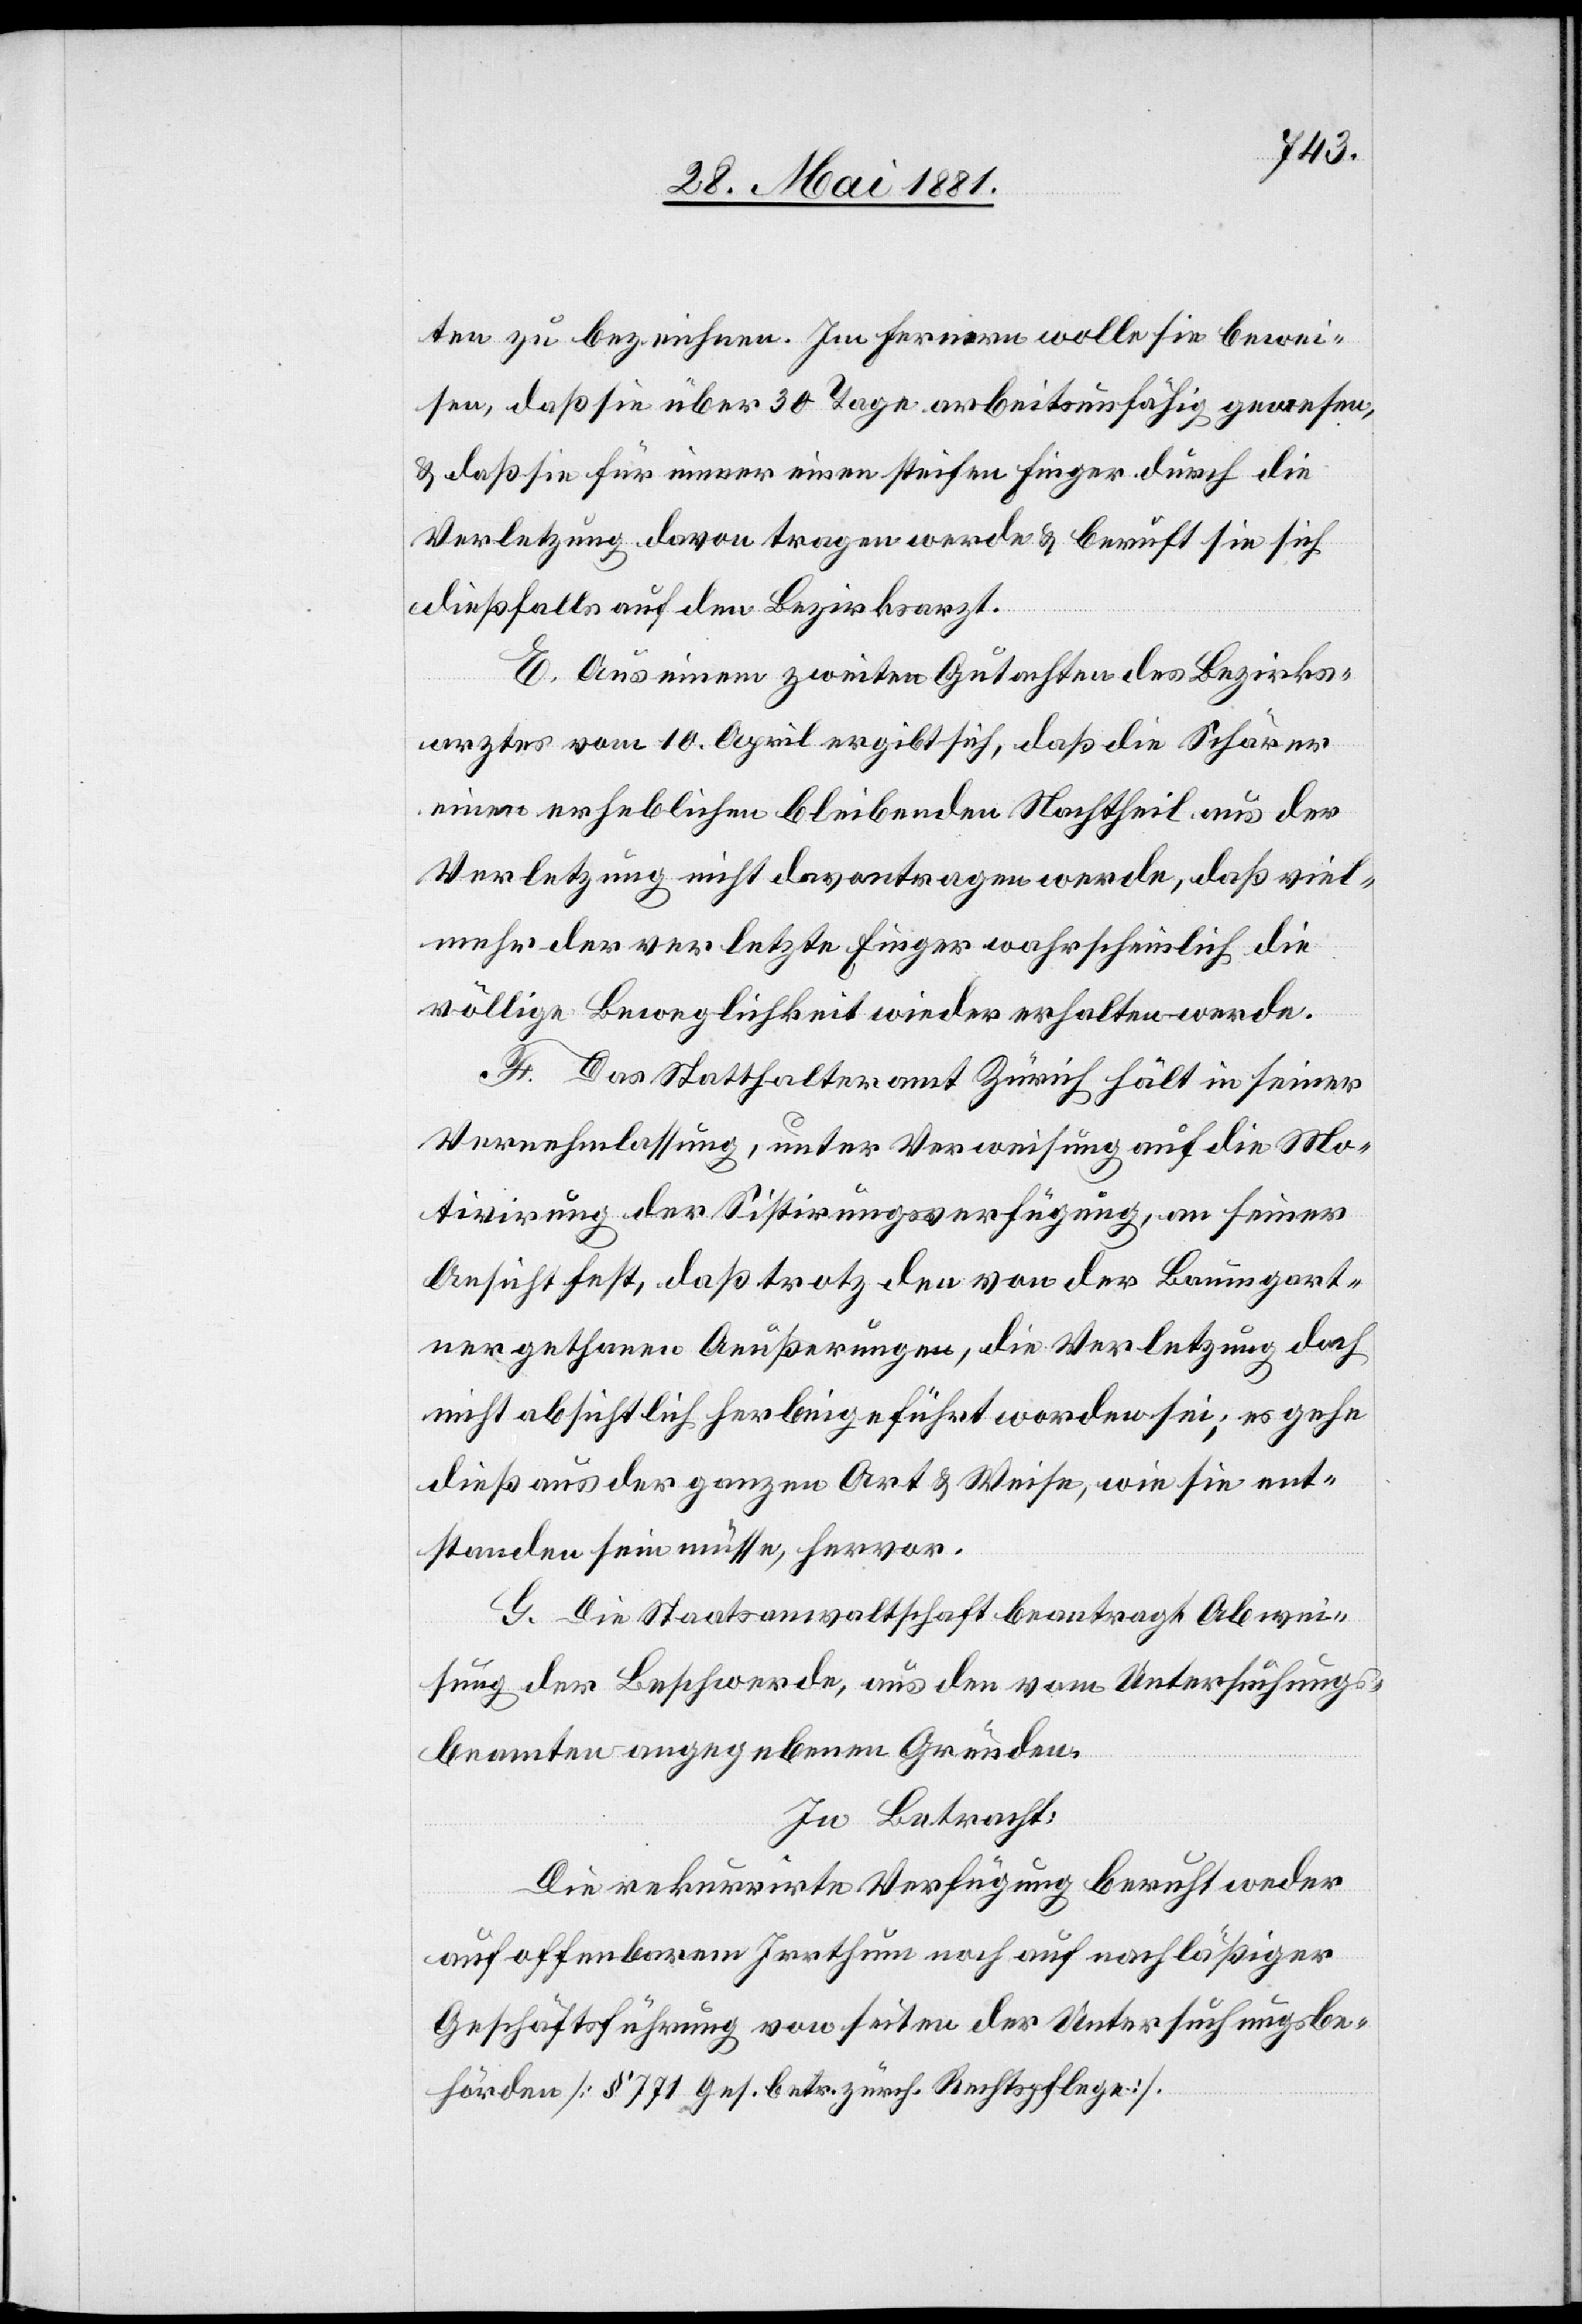
ten zu bezeichnen. Im Fernern wolle sie bewei¬
sen, daß sie über 30 Tage arbeitsunfähig gewesen,
& daß sie für immer einen steifen Finger durch die
Verletzung davon tragen werde & beruft sie sich
dießfalls auf den Bezirksarzt.
E. Aus einem zweiten Gutachten des Bezirks¬
arztes vom 10 April ergibt sich, daß die Schärer
einen erheblichen bleibenden Nachtheil aus der
Verletzung nicht davontragen werde, das viel¬
mehr der verletzte Finger wahrscheinlich die
völlige Beweglichkeit wieder erhalten werde.
F. Das Statthalteramt Zürich hält in seiner
Vernehmlassung, unter Verweisung auf die Mo¬
tivirung der Sistirungsverfügung, an seiner
Ansicht fest, daß trotz den von der Baumgart¬
ner gethanen Aeußerungen, die Verletzung doch
nicht absichtlich herbeigeführt worden sei; es gehe
dieß aus der ganzen Art & Weise, wie sie ent¬
standen sein müsse, hervor.
G. Die Staatsanwaltschaft beantragt Abwei¬
sung der Beschwerde, aus den vom Untersuchungs¬
beamten angegebenen Gründen.
In Betracht:
Die rekurrirte Verfügung beruht weder
auf offenbarem Irrthum noch auf nachläßiger
Geschäftsführung von Seiten der Untersuchungsbe¬
hörden [§ 771 Ges. betr. zürch. Rechtspflege.].